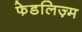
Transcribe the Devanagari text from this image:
फेडलिज़्म